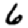
Digit: 6